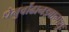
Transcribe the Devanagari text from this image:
धेनुर्वोढानड्वानाशुः